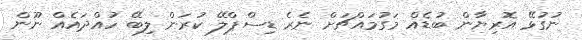
ނުގުޅޭ އޮރިޔާން ބުޑެއް މަގުމައްޗަށް ނެރެ ޑިސްޕްލޭ ކުރަން ލިބޭ ހުއްދައެއް ނޫން